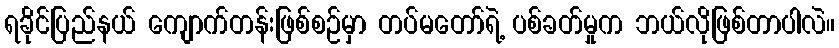
ရခိုင်ပြည်နယ် ကျောက်တန်းဖြစ်စဉ်မှာ တပ်မတော်ရဲ့ ပစ်ခတ်မှုက ဘယ်လိုဖြစ်တာပါလဲ။